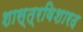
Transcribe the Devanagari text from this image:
शास्त्रविशारद